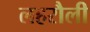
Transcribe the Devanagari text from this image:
लहरौली